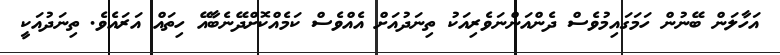
އަހާލަން ބޭނުން ހަމަގައިމުވެސް ދެންއަންނަވެރިއަކު ތިނަދުއަށް އެއްވެސް ކަމެއްކޮށްދޭނެބާއޭ ހިތައް އަރައެވެ. ތިނަދުއަކީ